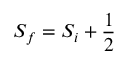
{ S } _ { f } = { S } _ { i } + \frac { 1 } { 2 }